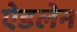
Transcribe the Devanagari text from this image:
ऐडलेन